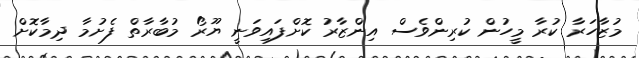
މުޒާހަރާ ކުރާ މީހުން ކުރިންވެސް އިންޒާރު ކޮށްފައިވަނީ ޔޫރޯ މުބާރާތް ފެށުމާ ދިމާކޮށް